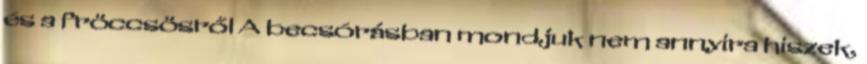
és a fröccsösről A becsórásban mondjuk nem annyira hiszek,